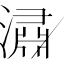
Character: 潚